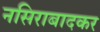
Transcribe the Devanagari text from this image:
नसिराबादकर